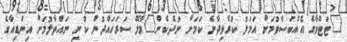
"ޓަޓްވާގެ އެއްބަސްވުމަށް އަމަލު ކުރެވިދާނެ ކަމަށް ނުދެކެން"މާލޭ ސަރަހައްދުން ކުނި ނައްތާލުމަށް އިންޑިއާގެ